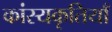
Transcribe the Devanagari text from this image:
कांस्यकृतियाँ